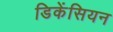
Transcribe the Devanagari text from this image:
डिकेंसियन